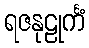
ရဇနုဠုင်္ကံ